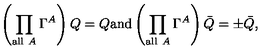
\left( \prod _ { \mathrm { a l l \ } A } \Gamma ^ { A } \right) Q = Q \mathrm { a n d } \left( \prod _ { \mathrm { a l l \ } A } \Gamma ^ { A } \right) \bar { Q } = \pm \bar { Q } ,